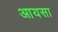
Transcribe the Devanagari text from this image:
आयसा